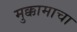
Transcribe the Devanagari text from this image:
मुक्कामाचा